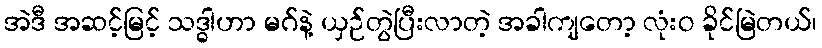
အဲဒီ အဆင့်မြင့် သဒ္ဓါဟာ မဂ်နဲ့ ယှဉ်တွဲပြီးလာတဲ့ အခါကျတော့ လုံးဝ ခိုင်မြဲတယ်၊